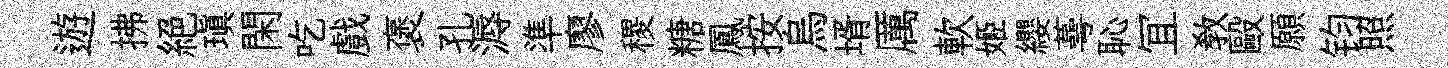
遊拂絶瑱閑吃戲褒孔溽準廖稷糖鳳按烏壻厲軟姬纓蕚恥冝敎毆願钧照